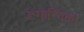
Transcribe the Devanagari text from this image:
टंगान्यिका